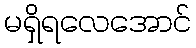
မရှိရလေအောင်